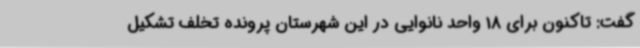
گفت: تاکنون برای 18 واحد نانوایی در این شهرستان پرونده تخلف تشکیل